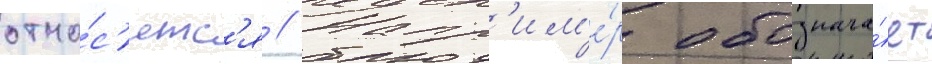
отно́с'ятс'я // Напр'им'е́р обознача́ет